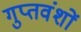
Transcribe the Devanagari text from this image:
गुप्तवंशों